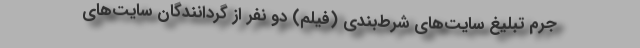
جرم تبلیغ سایت‌های شرط‌بندی (فیلم) دو نفر از گردانندگان سایت‌های